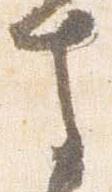
守